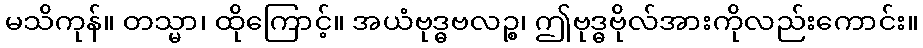
မသိကုန်။ တသ္မာ၊ ထိုကြောင့်။ အယံဗုဒ္ဓဗလဉ္စ၊ ဤဗုဒ္ဓဗိုလ်အားကိုလည်းကောင်း။